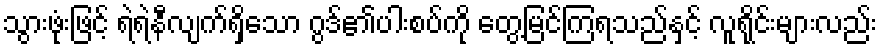
သွားဖုံးဖြင့် ရဲရဲနီလျက်ရှိသော ဂွဒ်၏ပါးစပ်ကို တွေ့မြင်ကြရသည်နှင့် လူရိုင်းများလည်း